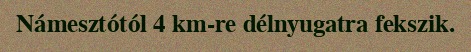
Námesztótól 4 km-re délnyugatra fekszik.